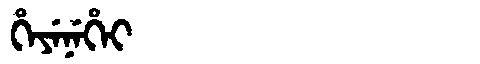
Manchu: ᡥᡝᠶᡝᠨᡝᡥᡝᡳ
Romanization: HEYENEHEI